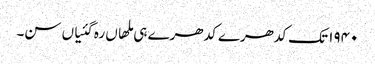
١٩٤٠ تک کدھرے کدھرے ہی ملھاں رہ گئیاں سن۔